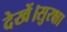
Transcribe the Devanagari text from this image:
देखें।सुरक्षा